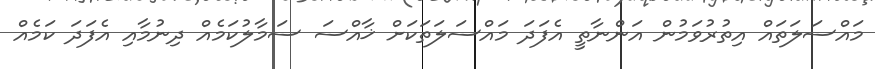
މައްސަލަތައް އިތުރުވަމުން އަންނާތީ އެފަދަ މައްސަލަތަކަށް ޚާއްސަ ސަމާލުކަމެއް ދިނުމާއި އެފަދަ ކަމެއް